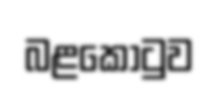
බළකොටුව